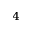
^ 4